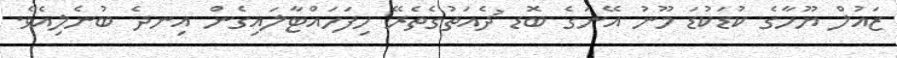
ޒައުލް ޔޫހާގެ ކުޑަކުޑަ މޫނު އޭނަގެ ބޮޑ ުދެއަތުގެތެރޭ ހިފަހައްޓާލައިގެން އިނދެ ބުނެލިއެވެ.